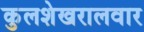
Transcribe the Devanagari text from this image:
कुलशेखरालवार